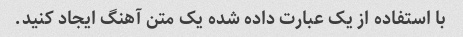
با استفاده از یک عبارت داده شده یک متن آهنگ ایجاد کنید.